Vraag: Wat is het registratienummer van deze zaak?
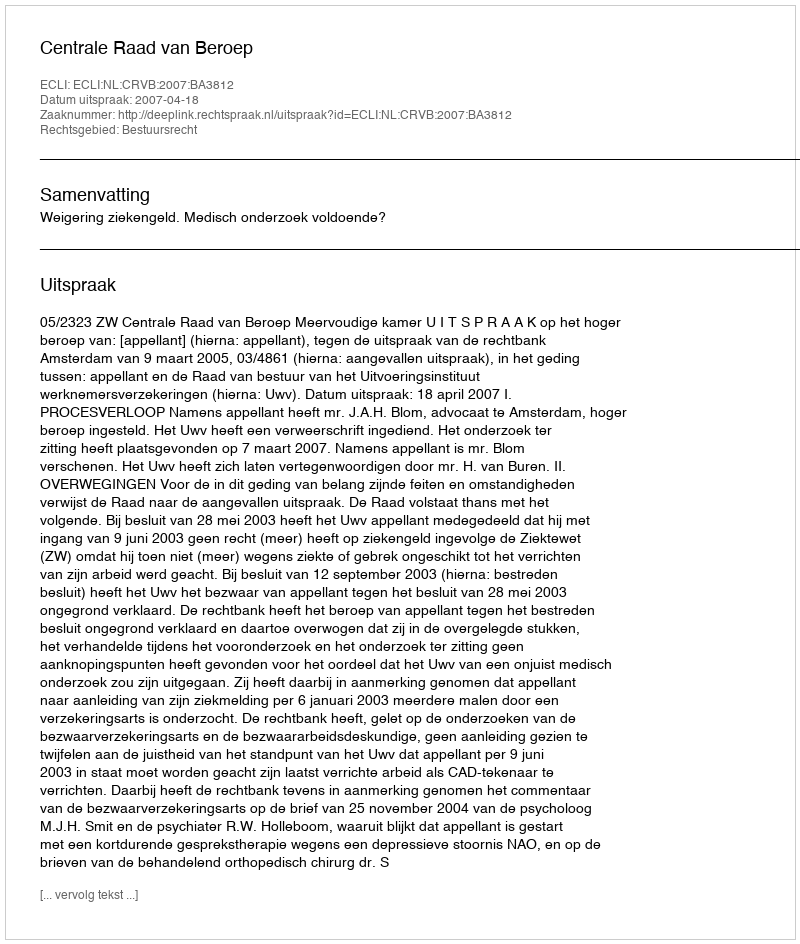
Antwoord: http://deeplink.rechtspraak.nl/uitspraak?id=ECLI:NL:CRVB:2007:BA3812